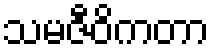
သမဇီဝိကတာ